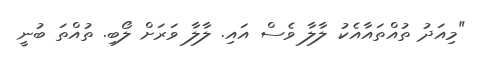
"މިއަދު ތުއްތައާއެކު ލާލާ ވެސް އައި. ލާލާ ވަރަށް ލޯބި. ތުއްތަ ބުނީ